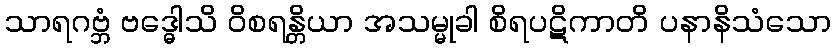
သာရဂဗ္ဘံ ဗဒ္ဓေါသိ ဝိစရန္တိယာ အသမ္မုခါ စိရပဋိကာတိ ပနာနိသံသော